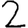
Digit: 2